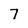
Character: 7